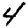
Digit: 4